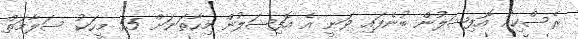
ރެސްކިއު އޮފިޝަލުން ބުނެފައި ވަނީ އެ އޮފިޝަލުން މިހާތަނަށް 55 މީހަކު ސަލާމަތް